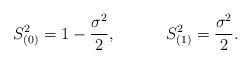
LaTeX: \begin{align*}S_{(0)}^2=1-\frac{\sigma ^2}2,\hspace{0.5in}S_{(1)}^2=\frac{\sigma ^2}2 .\end{align*}